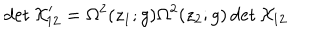
\det { \cal X } _ { 1 2 } ^ { \prime } = \Omega ^ { 2 } ( z _ { 1 } ; g ) \Omega ^ { 2 } ( z _ { 2 } ; g ) \det { \cal X } _ { 1 2 } ~ ~